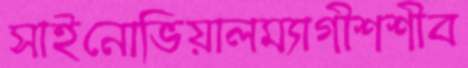
সাইনোভিয়ালম্যাগীশশীব